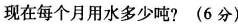
现在每个月用水多少吨?(6分)